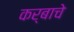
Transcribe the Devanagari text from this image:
कर्बाचे